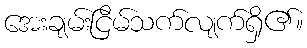
အေးချမ်းငြိမ်သက်လျက်ရှိ၏။